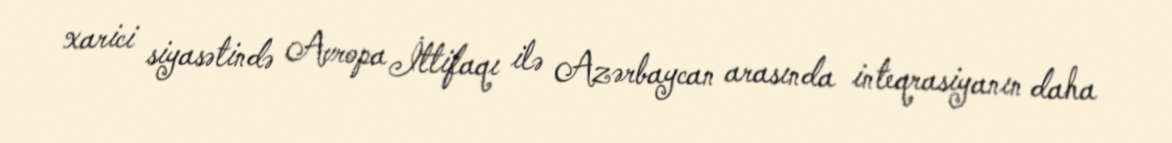
xarici siyasətində Avropa İttifaqı ilə Azərbaycan arasında inteqrasiyanın daha